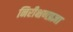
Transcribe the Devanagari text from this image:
निरीक्षणप्रज्ञा